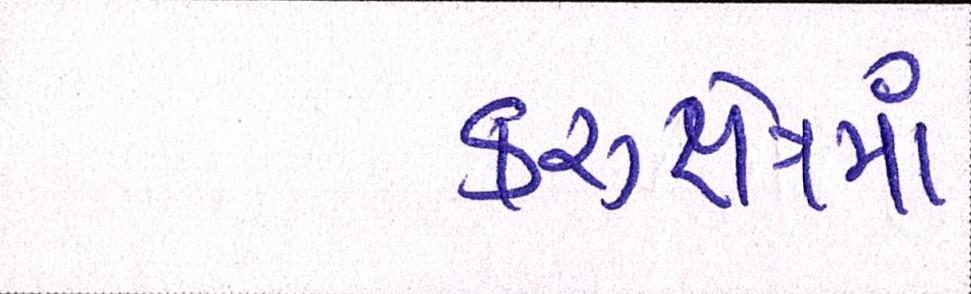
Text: કરુક્ષેત્રમાં